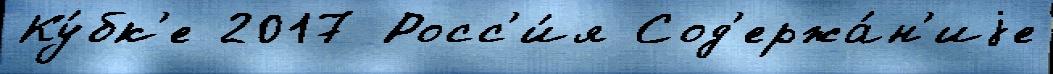
Ку́бк'е 2017 Росс'и́я Сод'ержа́н'иjе